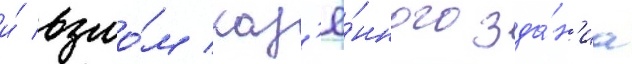
и́ взло́м каз'ё́нного зда́н'иа